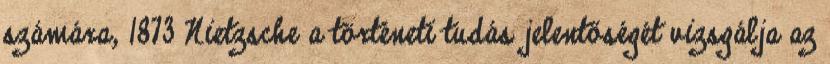
számára, 1873 Nietzsche a történeti tudás jelentőségét vizsgálja az